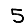
Digit: 5